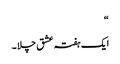
“
ایک ہفتہ عشق چلا ۔